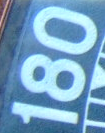
180